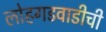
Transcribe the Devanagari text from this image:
लोहगडवाडीची